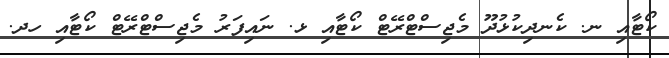
ކޯޓާއި ނ. ކެނދިކުޅުދޫ މެޖިސްޓްރޭޓް ކޯޓާއި ޅ. ނައިފަރު މެޖިސްޓްރޭޓް ކޯޓާއި ހދ.